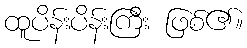
ထူပိန်းပိန်းကြီး ဖြစ်၏။